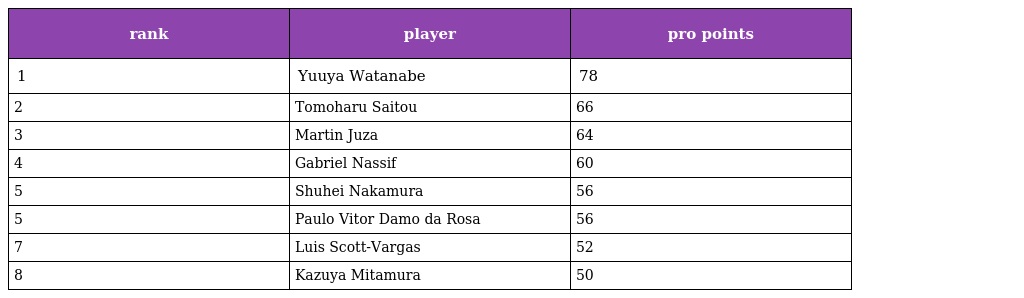
| rank | player | pro points |
 | --- | --- | --- |
 | 1 | Yuuya Watanabe | 78 |
 | 2 | Tomoharu Saitou | 66 |
 | 3 | Martin Juza | 64 |
 | 4 | Gabriel Nassif | 60 |
 | 5 | Shuhei Nakamura | 56 |
 | 5 | Paulo Vitor Damo da Rosa | 56 |
 | 7 | Luis Scott-Vargas | 52 |
 | 8 | Kazuya Mitamura | 50 |